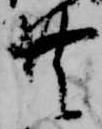
共